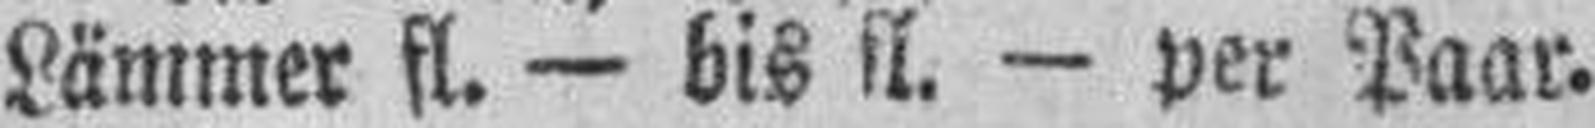
Lämmer fl. — bis fl. — per Paar.